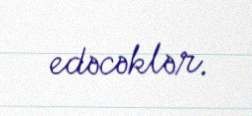
edəcəklər.